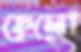
ছেলো